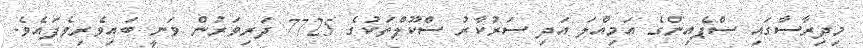
މިދިރާސާގައި ސްޕެއިންގެ އަމިއްލަ އަދި ސަރުކާރު ސްކޫލްތަކުގެ 7725 ދަރިވަރުން ވަނީ ބައިވެރިވެފައެވެ.